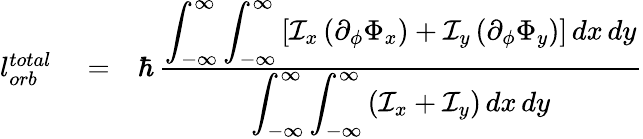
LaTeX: \begin{array}{rlr}{l_{orb}^{total}}&{{}=}&{\hbar\, \frac{\displaystyle\int_{-\infty}^{\infty}\int_{-\infty}^{\infty}\left[\mathcal{I}_{x}\, (\partial_{\phi}\Phi_{x})+\mathcal{I}_{y}\, (\partial_{\phi}\Phi_{y})\right]\, dx\, dy}{\displaystyle\int_{-\infty}^{\infty}\int_{-\infty}^{\infty}\left(\mathcal{I}_{x}+\mathcal{I}_{y}\right)\, dx\, dy}}\end{array}